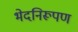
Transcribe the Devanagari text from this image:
भेदनिरूपण